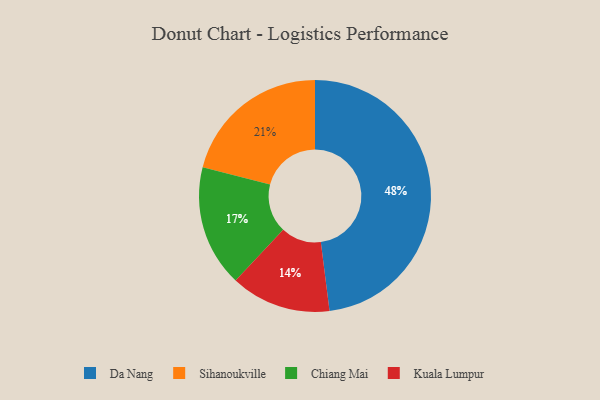
{"axis": {"x": "Category", "y": "Percentage"}, "legend": ["Chiang Mai", "Da Nang", "Kuala Lumpur", "Sihanoukville"], "data": [{"x": "Sihanoukville", "y": 21, "type": "Sihanoukville"}, {"x": "Da Nang", "y": 48, "type": "Da Nang"}, {"x": "Kuala Lumpur", "y": 14, "type": "Kuala Lumpur"}, {"x": "Chiang Mai", "y": 17, "type": "Chiang Mai"}]}